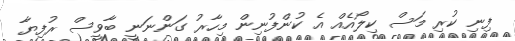
ފިނި ކުރި މަސް ކިލޯއެއް އެ ކުންފުނިން މިހާރު ގަންނަނީ ބާވީސް ރުފިޔާ